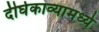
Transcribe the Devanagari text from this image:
दीर्घकाव्यामध्ये